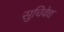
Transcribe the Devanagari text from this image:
सुचिवेध